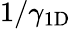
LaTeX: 1/\gamma_{\mathrm{1D}}